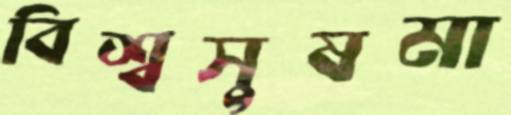
বিশ্বসুষমা